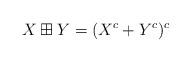
LaTeX: \begin{align*}X \boxplus Y = (X^c + Y^c)^c\end{align*}